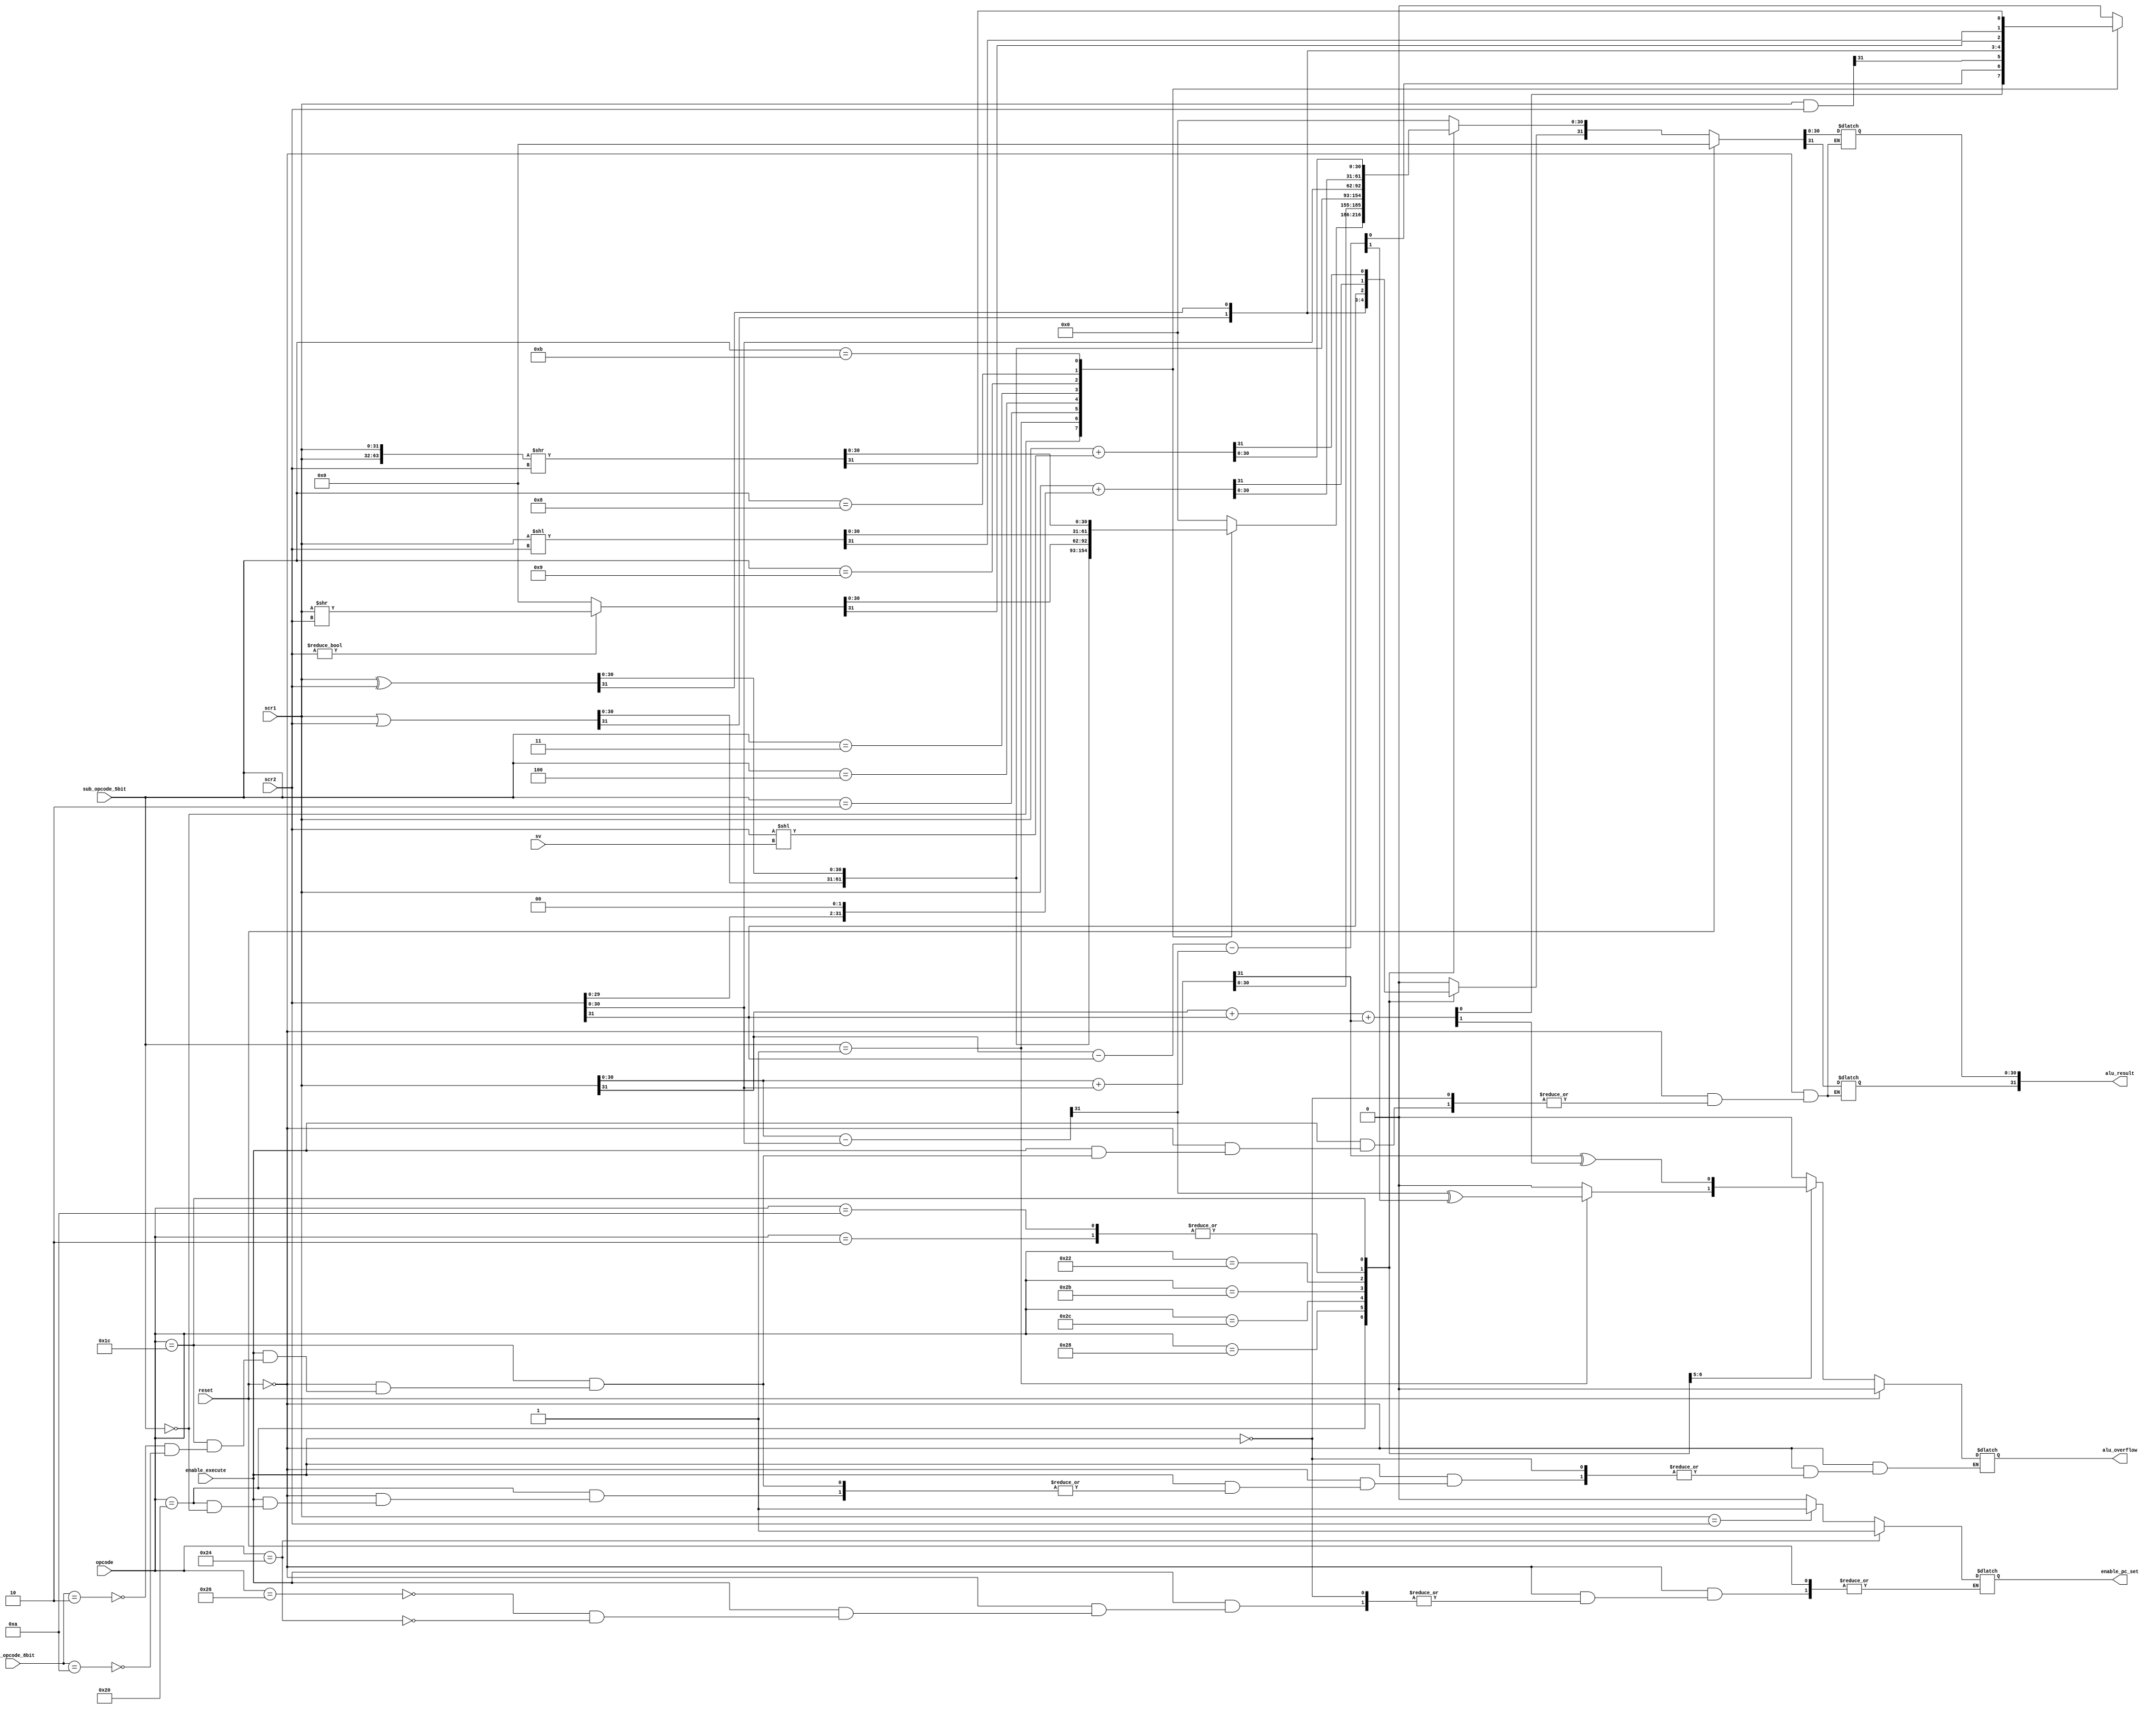
// TODO: enable_pc_set in each op.

module alu32(enable_pc_set, alu_result,alu_overflow,scr1,scr2,opcode,sub_opcode_5bit,sub_opcode_8bit,sv,enable_execute,reset);
  parameter TYPE_BASIC=6'b100000;
  parameter NOP=5'b01001, ADD=5'b00000, SUB=5'b00001, AND=5'b00010,
            OR=5'b00100, XOR=5'b00011, SRLI=5'b01001, SLLI=5'b01000,
            ROTRI=5'b01011;

  parameter ADDI=6'b101000, ORI=6'b101100, XORI=6'b101011, LWI=6'b000010, SWI=6'b001010;
  parameter MOVI=6'b100010;
  parameter BEQ=6'b100110;
  parameter J=6'b100100;

  parameter TYPE_LS=6'b011100;
  parameter LW=8'b00000010, SW=8'b00001010;

  output [31:0]alu_result;
  output alu_overflow;
  output enable_pc_set;
  
  input [31:0]scr1,scr2;
  input [5:0]opcode;
  input [4:0]sub_opcode_5bit;
  input [7:0]sub_opcode_8bit;
  input [1:0]sv;
  input reset;
  input enable_execute;
  
  reg [31:0]alu_result;
  reg alu_overflow;
  reg enable_pc_set;
  reg [63:0]rotate;
  reg a,b;
  
  always @ ( reset or enable_execute or opcode or sub_opcode_5bit or sub_opcode_8bit or scr1 or scr2 )begin
    if(reset)begin
      alu_result=32'b0;
      alu_overflow=1'b0;
    end
    else if(enable_execute)begin
      case(opcode)
        TYPE_BASIC : case (sub_opcode_5bit)
                      ADD   : begin
                                {a,alu_result[30:0]}=scr1[30:0]+scr2[30:0];
                                {b,alu_result[31]}=scr1[31]+scr2[31]+a;
                              end
                      SUB   : begin
                                {a,alu_result[30:0]}=scr1[30:0]-scr2[30:0];
                                {b,alu_result[31]}=scr1[31]-scr2[31]-a;
                                alu_overflow=a^b;
                              end
                      AND   : begin
                                alu_overflow=1'b0;
                                alu_result=scr1&scr2;
                              end
                      OR    : begin
                                alu_overflow=1'b0;
                                alu_result=scr1|scr2;
                              end
                      XOR   : begin
                                alu_overflow=1'b0;
                                alu_result=scr1^scr2;
                              end
                      SRLI  : begin
                                if(scr2!=0)begin 
                                  alu_overflow=1'b0;
                                  alu_result=scr1>>scr2;
                                      end
                    //NOP   :
                                      else begin
                                  alu_result=32'b0;
                                  alu_overflow=1'b0;
                                end
                              end
                      SLLI  : begin
                                alu_overflow=1'b0;
                                alu_result=scr1<<scr2;
                              end
                      ROTRI : begin
                                alu_overflow=1'b0;
                                rotate={scr1,scr1}>>scr2;
                                alu_result=rotate[31:0];
                              end
                      default : begin
                                  alu_overflow=1'b0;
                                  alu_result=32'b0;
                              end
                    endcase
        ADDI       : begin
                       {a,alu_result[30:0]}=scr1[30:0]+scr2[30:0];
                       {b,alu_result[31]}=scr1[31]+scr2[31]+a;
                       alu_overflow=a^b;
                     end
        ORI        : begin
                       alu_overflow=1'b0;
                       alu_result=scr1|scr2;
                     end
        XORI       : begin
                       alu_overflow=1'b0;
                       alu_result=scr1^scr2;
                     end
        MOVI       : begin
                       alu_overflow=1'b0;
                       alu_result[31:0]=scr2[31:0];
                     end
        BEQ        : begin
                       alu_overflow=1'b0;
                       alu_result = 32'b0;
                       if (scr1 == scr2)
                         enable_pc_set = 1'b1;
                       else
                         enable_pc_set = 1'b0;
                     end
        J          : begin
                       alu_overflow=1'b0;
                       alu_result=32'b0;
                       enable_pc_set = 1'b1;
                     end
        LWI        : begin
                       alu_overflow=1'b0;
                       alu_result=scr1+(scr2<<2);
//                       $display("(LWI) scr1: %d, scr2: %d, 2, alu_result: %d", scr1, scr2, alu_result);
                     end
        SWI        : begin
                       alu_overflow=1'b0;
                       alu_result=scr1+(scr2<<2);
//                       $display("(SWI) scr1: %d, scr2: %d, 2, alu_result: %d", scr1, scr2, alu_result);
                     end
        TYPE_LS    : case (sub_opcode_8bit)
                       LW : begin
                             alu_overflow=1'b0;
                             alu_result=scr1+(scr2<<sv);
//                             $display("(LW) scr1: %d, scr2: %d, sv: %d, alu_result: %d", scr1, scr2, sv, alu_result);
                            end
                       SW : begin
                             alu_overflow=1'b0;
                             alu_result=scr1+(scr2<<sv);
//                             $display("(SW) scr1: %d, scr2: %d, sv: %d, alu_result: %d", scr1, scr2, sv, alu_result);
                            end
                     endcase
        default    : begin
                         alu_overflow=1'b0;
                         alu_result=32'b0;
                     end
      endcase
    end
//    else begin
//      alu_result=32'b0;
//      alu_overflow=1'b0;
//    end
  end
endmodule